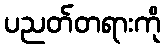
ပညတ်တရားကို